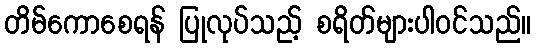
တိမ်ကောစေရန် ပြုလုပ်သည့် စရိတ်များပါဝင်သည်။